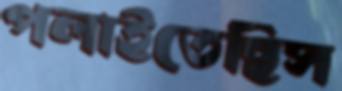
পলাইতেছিস